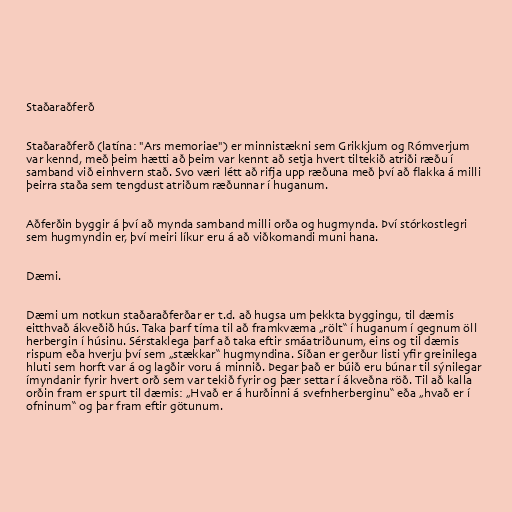
Staðaraðferð

Staðaraðferð (latína: "Ars memoriae") er minnistækni sem Grikkjum og Rómverjum
var kennd, með þeim hætti að þeim var kennt að setja hvert tiltekið atriði ræðu í
samband við einhvern stað. Svo væri létt að rifja upp ræðuna með því að flakka á milli
þeirra staða sem tengdust atriðum ræðunnar í huganum.

Aðferðin byggir á því að mynda samband milli orða og hugmynda. Því stórkostlegri
sem hugmyndin er, því meiri líkur eru á að viðkomandi muni hana.

Dæmi.

Dæmi um notkun staðaraðferðar er t.d. að hugsa um þekkta byggingu, til dæmis
eitthvað ákveðið hús. Taka þarf tíma til að framkvæma „rölt“ í huganum í gegnum öll
herbergin í húsinu. Sérstaklega þarf að taka eftir smáatriðunum, eins og til dæmis
rispum eða hverju því sem „stækkar“ hugmyndina. Síðan er gerður listi yfir greinilega
hluti sem horft var á og lagðir voru á minnið. Þegar það er búið eru búnar til sýnilegar
ímyndanir fyrir hvert orð sem var tekið fyrir og þær settar í ákveðna röð. Til að kalla
orðin fram er spurt til dæmis: „Hvað er á hurðinni á svefnherberginu“ eða „hvað er í
ofninum“ og þar fram eftir götunum.